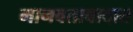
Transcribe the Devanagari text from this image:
मानवतावादात